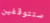
ستتوقفين